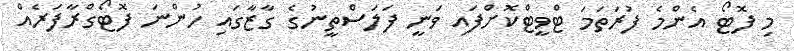
މި ފޮޓޯ އެންމެ ފުރަތަމަ ޓްވީޓްކޮށްފައި ވަނީ ފަލަސްތީނުުގެ ގާޒާގައި ހުންނަ ފޮޓޯގްރާފަރެއް